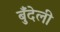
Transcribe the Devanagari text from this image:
बुँदेली